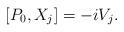
LaTeX: \begin{align*}[P_0,X_j]=-iV_j.\end{align*}